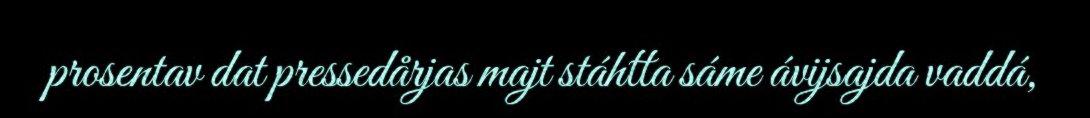
prosentav dat pressedårjas majt stáhtta sáme ávijsajda vaddá,